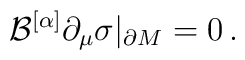
{\cal B}^{[\alpha]} \partial_\mu \sigma |_{\partial M}=0 \,.